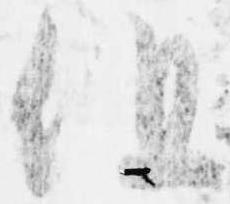
但